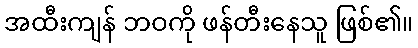
အထီးကျန် ဘဝကို ဖန်တီးနေသူ ဖြစ်၏။